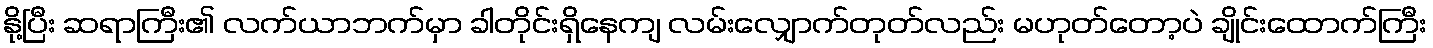
နို့ပြီး ဆရာကြီး၏ လက်ယာဘက်မှာ ခါတိုင်းရှိနေကျ လမ်းလျှောက်တုတ်လည်း မဟုတ်တော့ပဲ ချိုင်းထောက်ကြီး